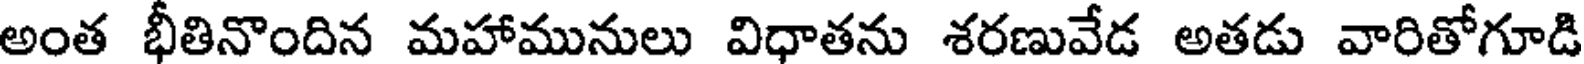
అంత భీతినొందిన మహామునులు విధాతను శరణువేడ అతడు వారితోగూడి